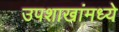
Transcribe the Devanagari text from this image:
उपशाखांमध्ये